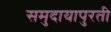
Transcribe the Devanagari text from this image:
समुदायापुरती